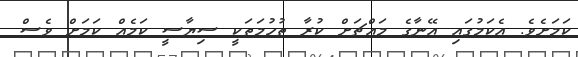
ކަމަށެވެ. އެކަމުގައި އޭނާގެ މައްޗަށް ކުރާ ތުހުމަތަކީ ސިޔާސީ ކަމެއް ކަމަށް ވެސް